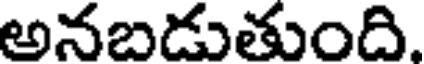
అనబడుతుంది.